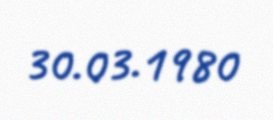
30.03.1980